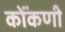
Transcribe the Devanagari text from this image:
कोंंकणी